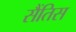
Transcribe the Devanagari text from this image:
सैंतिस